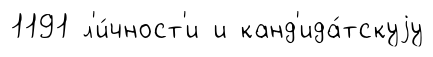
1191 л'и́чност'и и канд'ида́тскуjу